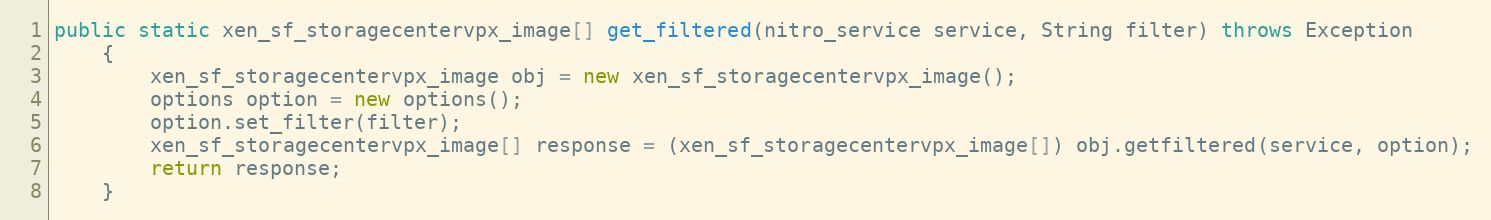
Language: Java
public static xen_sf_storagecentervpx_image[] get_filtered(nitro_service service, String filter) throws Exception
	{
		xen_sf_storagecentervpx_image obj = new xen_sf_storagecentervpx_image();
		options option = new options();
		option.set_filter(filter);
		xen_sf_storagecentervpx_image[] response = (xen_sf_storagecentervpx_image[]) obj.getfiltered(service, option);
		return response;
	}